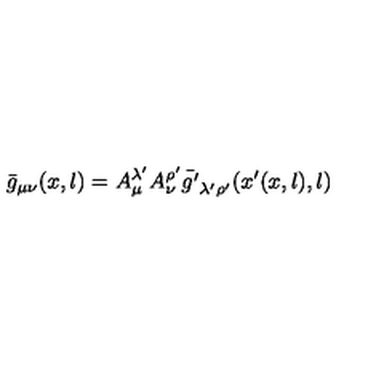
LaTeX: \bar { g } _ { \mu \nu } ( x , l ) = A _ { \mu } ^ { \lambda ^ { \prime } } A _ { \nu } ^ { \rho ^ { \prime } } \bar { g ^ { \prime } } _ { \lambda ^ { \prime } \rho ^ { \prime } } ( x ^ { \prime } ( x , l ) , l )